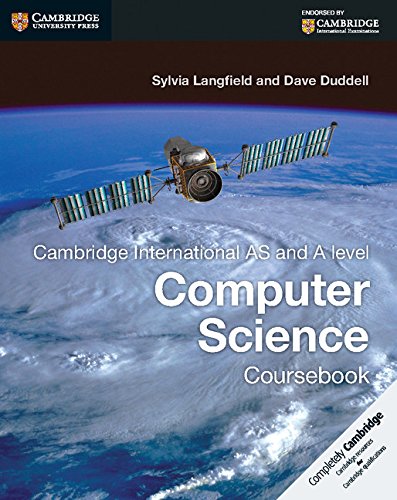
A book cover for Cambridge International AS and A Level Computer Science Coursebook (Cambridge International Examinations); Sylvia Langfield; Teen & Young Adult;